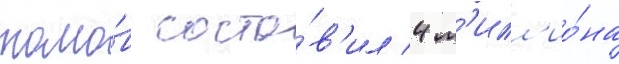
томо́в соста́в'ил 4 м'илл'ио́на